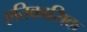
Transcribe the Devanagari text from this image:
एतिकासिक